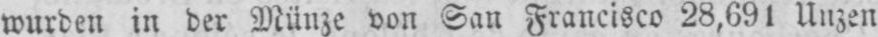
wurden in der Münze von San Francisco 28,691 Unzen